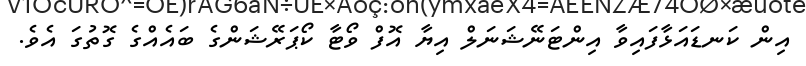
އިން ކަނޑައަޅާފައިވާ އިންޓަނޭޝަނަލް އިޔާ އޮފް ވޯޓާ ކޯޕަރޭޝަންގެ ބައެއްގެ ގޮތުގަ އެވެ.